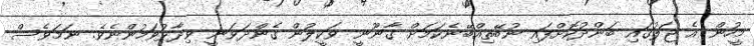
މީހުން އެ ޖަލުގައި ބަންދުކޮށްފައި ނުބޭތިއްބޭނެކަމަށް ގާނޫނީ ވަކީލުން ގެންދަވަނީ ވިދާޅުވަމުންނެވެ. ނަމަވެސް